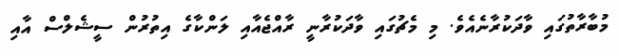
މުބާރާތުގައި ވާދަކުރާނެއެވެ. މި މެޗުގައި ވާދަކުރާނީ ރާއްޖެއާއި ލަންކާގެ އިތުރުން ސީޝެލްސް އާއި